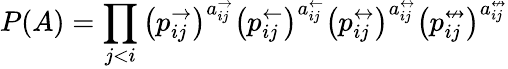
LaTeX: P(A)=\prod_{j<i}\left(p_{ij}^{\rightarrow}\right)^{a_{ij}^{\rightarrow}}\left(p_{ij}^{\leftarrow}\right)^{a_{ij}^{\leftarrow}}\left(p_{ij}^{\leftrightarrow}\right)^{a_{ij}^{\leftrightarrow}}\left(p_{ij}^{\nleftrightarrow}\right)^{a_{ij}^{\nleftrightarrow}}